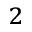
_ 2